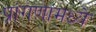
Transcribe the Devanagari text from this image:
प्रांगणामध्ये